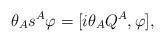
LaTeX: \begin{align*}\theta_A s^A\varphi = {[i\theta_AQ^A, \varphi]},\end{align*}